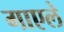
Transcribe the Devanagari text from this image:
गाएले